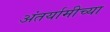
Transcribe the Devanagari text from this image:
अंतर्यामीच्या